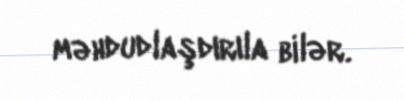
məhdudlaşdırıla bilər.